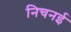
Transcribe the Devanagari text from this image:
निचनई